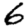
Digit: 6